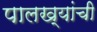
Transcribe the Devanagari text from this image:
पालख्यांची